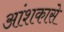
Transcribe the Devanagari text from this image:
आंशकासे